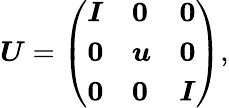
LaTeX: \begin{array}{r}{\boldsymbol{{U}}=\left(\begin{array}{lll}{\boldsymbol{I}}&{\boldsymbol{0}}&{\boldsymbol{0}}\\ {\boldsymbol{0}}&{\boldsymbol{u}}&{\boldsymbol{0}}\\ {\boldsymbol{0}}&{\boldsymbol{0}}&{\boldsymbol{I}}\end{array}\right),}\end{array}